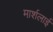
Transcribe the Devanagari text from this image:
मार्शलाई